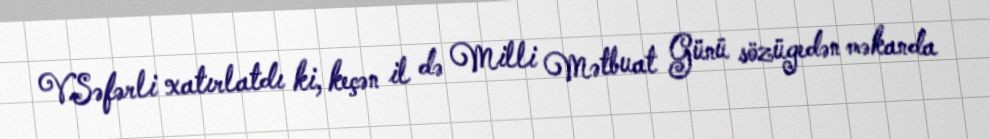
V.Səfərli xatırlatdı ki, keçən il də Milli Mətbuat Günü sözügedən məkanda